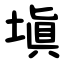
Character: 塡